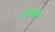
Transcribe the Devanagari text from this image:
नन्ह्कार